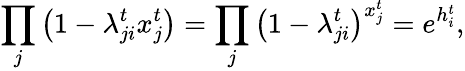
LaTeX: \prod_{j}\left(1-\lambda_{ji}^{t}x_{j}^{t}\right)=\prod_{j}\left(1-\lambda_{ji}^{t}\right)^{x_{j}^{t}}=e^{h_{i}^{t}},